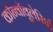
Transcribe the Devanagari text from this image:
कॉन्वॉवुलेसिई